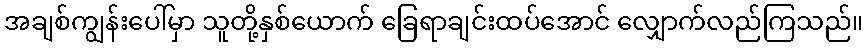
အချစ်ကျွန်းပေါ်မှာ သူတို့နှစ်ယောက် ခြေရာချင်းထပ်အောင် လျှောက်လည်ကြသည်။